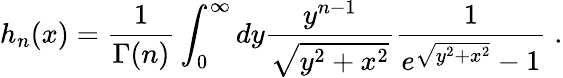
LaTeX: h_{n}(x)=\frac{1}{\Gamma(n)}\int_{0}^{\infty}dy\frac{y^{n-1}}{\sqrt{y^{2}+x^{2}}}\frac{1}{e^{\sqrt{y^{2}+x^{2}}}-1}\; .